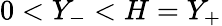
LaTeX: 0<Y_{-}<H=Y_{+}